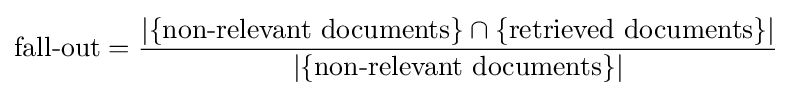
{\mbox{fall-out}}={\frac {|\{{\mbox{non-relevant documents}}\}\cap \{{\mbox{retrieved documents}}\}|}{|\{{\mbox{non-relevant documents}}\}|}}